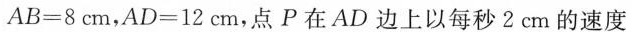
$$AB=8cm$$，$$AD=12cm$$,点P在AD边上以每秒2cm的速度